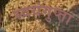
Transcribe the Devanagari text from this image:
स्वयंगुप्ता